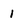
Character: 1